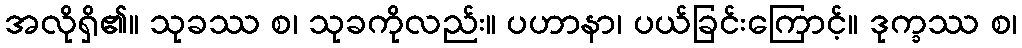
အလိုရှိ၏။ သုခဿ စ၊ သုခကိုလည်း။ ပဟာနာ၊ ပယ်ခြင်းကြောင့်။ ဒုက္ခဿ စ၊